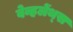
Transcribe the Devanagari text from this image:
वेव्हलेंथ्स